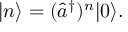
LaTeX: | n \rangle = ( { \hat { a } } ^ { \dagger } ) ^ { n } | 0 \rangle .